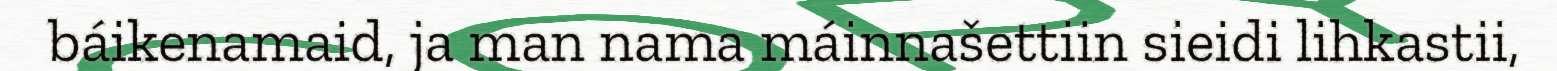
báikenamaid, ja man nama máinnašettiin sieidi lihkastii,